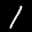
Label: 1